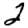
Digit: 2